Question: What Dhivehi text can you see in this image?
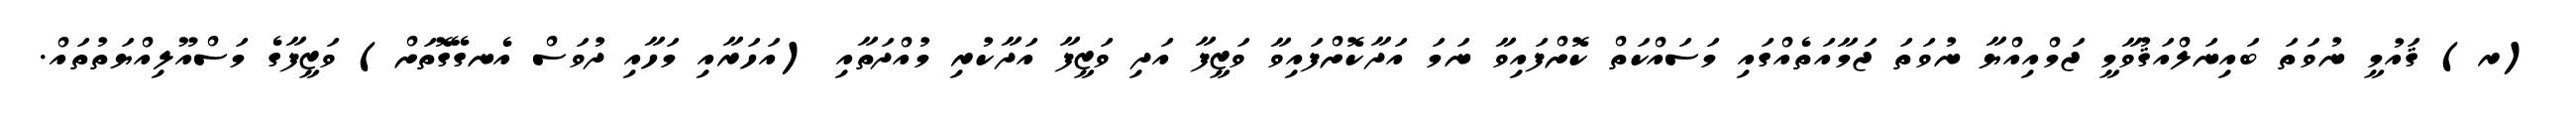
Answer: (ރ) ޤައުމީ ނުވަތަ ބައިނަލްއަޤުވާމީ ޖަމްއިއްޔާ ނުވަތަ ޖަމާއަތެއްގައި މަސައްކަތް ކޮށްފައިވާ ނަމަ އަދާކޮށްފައިވާ ވަޒީފާ އަދި ވަޒީފާ އަދާކުރި މުއްދަތާއި (އަހަރާއި މަހާއި ދުވަސް އެނގޭގޮތަށް) ވަޒީފާގެ މަސްއޫލިއްޔަތުތައް.